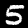
Label: 5